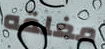
مغلقه